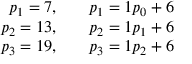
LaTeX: \begin{array} { r l } { p _ { 1 } = 7 , } & { { } { } \quad p _ { 1 } = 1 p _ { 0 } + 6 } \\ { p _ { 2 } = 1 3 , } & { { } { } \quad p _ { 2 } = 1 p _ { 1 } + 6 } \\ { p _ { 3 } = 1 9 , } & { { } { } \quad p _ { 3 } = 1 p _ { 2 } + 6 } \end{array}